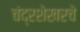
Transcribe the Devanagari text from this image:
चंद्रशेखरचे